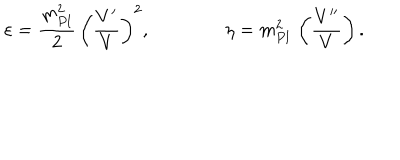
\varepsilon = { \frac { m _ { P l } ^ { 2 } } { 2 } } \, \left( { \frac { V ^ { \prime } } { V } } \right) ^ { 2 } , \qquad \qquad \eta = m _ { P l } ^ { 2 } \, \left( { \frac { V ^ { \prime \prime } } { V } } \right) .